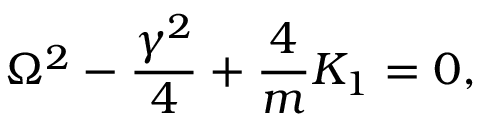
\Omega ^ { 2 } - \frac { \gamma ^ { 2 } } { 4 } + \frac { 4 } { m } K _ { 1 } = 0 ,